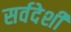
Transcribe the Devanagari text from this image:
सर्वदेशी